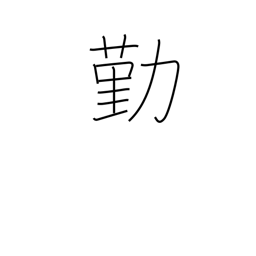
Meaning: become employed